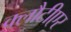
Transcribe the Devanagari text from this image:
क्लौटीएर